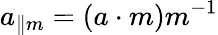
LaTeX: a_{\| m}=(a\cdot m)m^{-1}